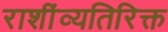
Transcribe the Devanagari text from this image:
राशींव्यतिरिक्त